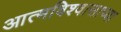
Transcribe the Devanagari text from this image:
आत्मविश्वासाच्या